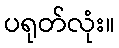
ပရုတ်လုံး။